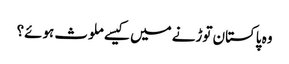
وہ پاکستان توڑنے میں کیسے ملوث ہوئے؟